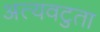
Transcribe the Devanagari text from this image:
अत्यवटुता